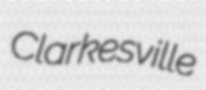
Clarkesville